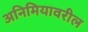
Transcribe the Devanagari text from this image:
अनिमियावरील